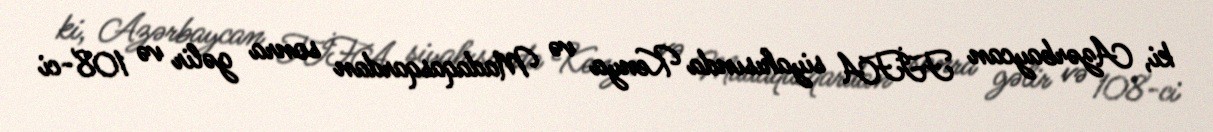
ki, Azərbaycan FİFA siyahısında Kenya və Madaqasqardan sonra gəlir və 108-ci